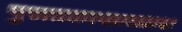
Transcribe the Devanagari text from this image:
पुरातत्त्वशास्त्रास